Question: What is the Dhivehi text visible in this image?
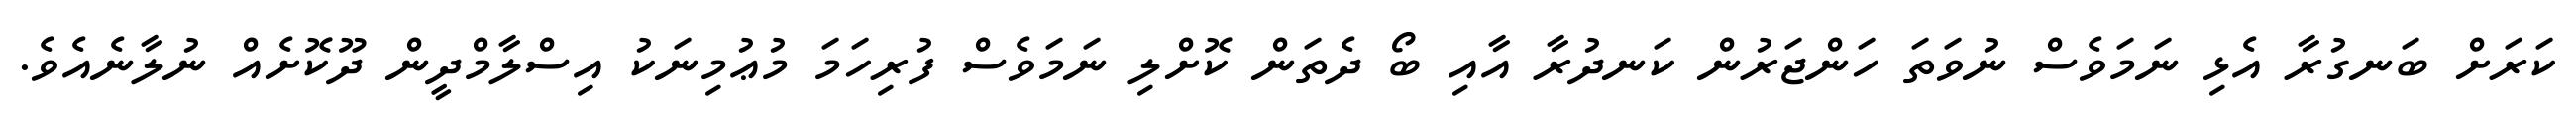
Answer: ކަރަށް ބަނގުރާ އެޅި ނަމަވެސް ނުވަތަ ހަންޖަރުން ކަނދުރާ އާއި ބޯ ދެތަން ކޮށްލި ނަމަވެސް ފުރިހަމަ މުޢުމިނަކު އިސްލާމްދީން ދޫކޮށެއް ނުލާނެއެވެ.